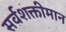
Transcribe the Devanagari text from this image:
सर्वशक्तीमान